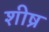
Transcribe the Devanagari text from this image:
शीष्र